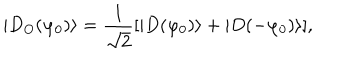
| D _ { O } ( \varphi _ { 0 } ) \rangle = \frac { 1 } { \sqrt { 2 } } [ | D ( \varphi _ { 0 } ) \rangle + | D ( - \varphi _ { 0 } ) \rangle ] ,